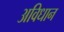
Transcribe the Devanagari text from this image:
अविधान